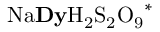
\mathrm { N a { \bf D y } H _ { 2 } S _ { 2 } O _ { 9 } } ^ { * }